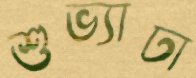
শুভ্যাঢা